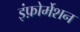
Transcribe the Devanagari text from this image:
इंफ़ोर्मेशन